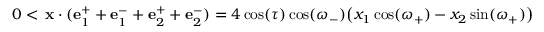
0 < \, \mathbf { x } \cdot ( \mathbf { e } _ { 1 } ^ { + } + \mathbf { e } _ { 1 } ^ { - } + \mathbf { e } _ { 2 } ^ { + } + \mathbf { e } _ { 2 } ^ { - } ) = 4 \cos ( \tau ) \cos ( \omega _ { - } ) \big ( x _ { 1 } \cos ( \omega _ { + } ) - x _ { 2 } \sin ( \omega _ { + } ) \big )